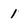
Character: 1